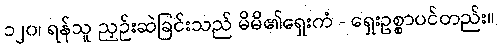
၁၂၀၊ ရန်သူ ညှဉ်းဆဲခြင်းသည် မိမိ၏ရှေးကံ - ရှေးဥစ္စာပင်တည်း။